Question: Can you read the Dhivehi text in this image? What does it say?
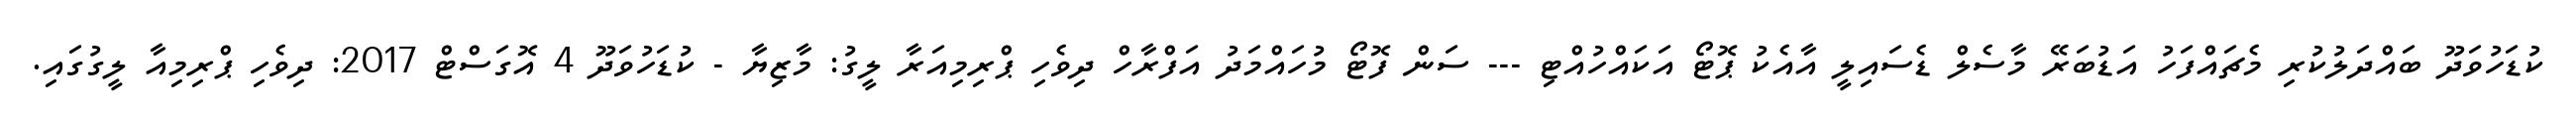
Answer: ކުޑަހުވަދޫ ބައްދަލުކުރި މެޗައްފަހު އަޑުބަރޭ މާސެލް ޑެސައިލީ އާއެކު ޕޮޓޯ އަކައްހުއްޓި --- ސަން ފޮޓޯ މުހައްމަދު އަފްރާހް ދިވެހި ޕްރިމިއަރާ ލީގު: މާޒިޔާ - ކުޑަހުވަދޫ 4 އޮގަސްޓް 2017: ދިވެހި ޕްރިމިއާ ލީގުގައި.